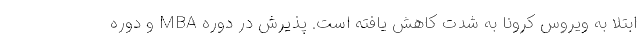
ابتلا به ویروس کرونا به شدت کاهش یافته است. پذیرش در دوره MBA و دوره